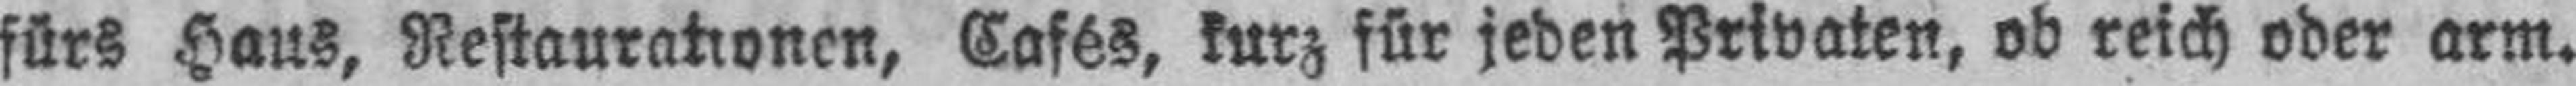
fürs Haus, Restaurationen, Cafés, kurz für jeden Privaten, ob reich oder arm.